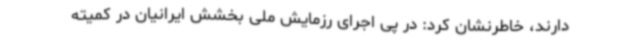
دارند، خاطرنشان کرد: در پی اجرای رزمایش ملی بخشش ایرانیان در کمیته